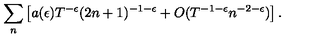
\sum _ { n } \left[ a ( \epsilon ) T ^ { - \epsilon } ( 2 n + 1 ) ^ { - 1 - \epsilon } + O ( T ^ { - 1 - \epsilon } n ^ { - 2 - \epsilon } ) \right] .